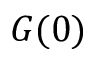
G ( 0 )